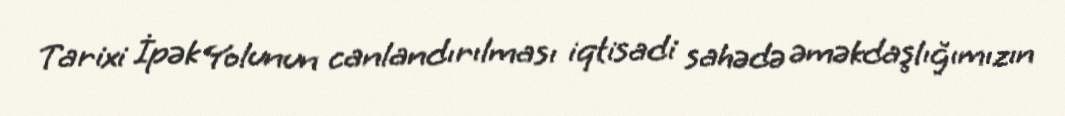
Tarixi İpək Yolunun canlandırılması iqtisadi sahədə əməkdaşlığımızın